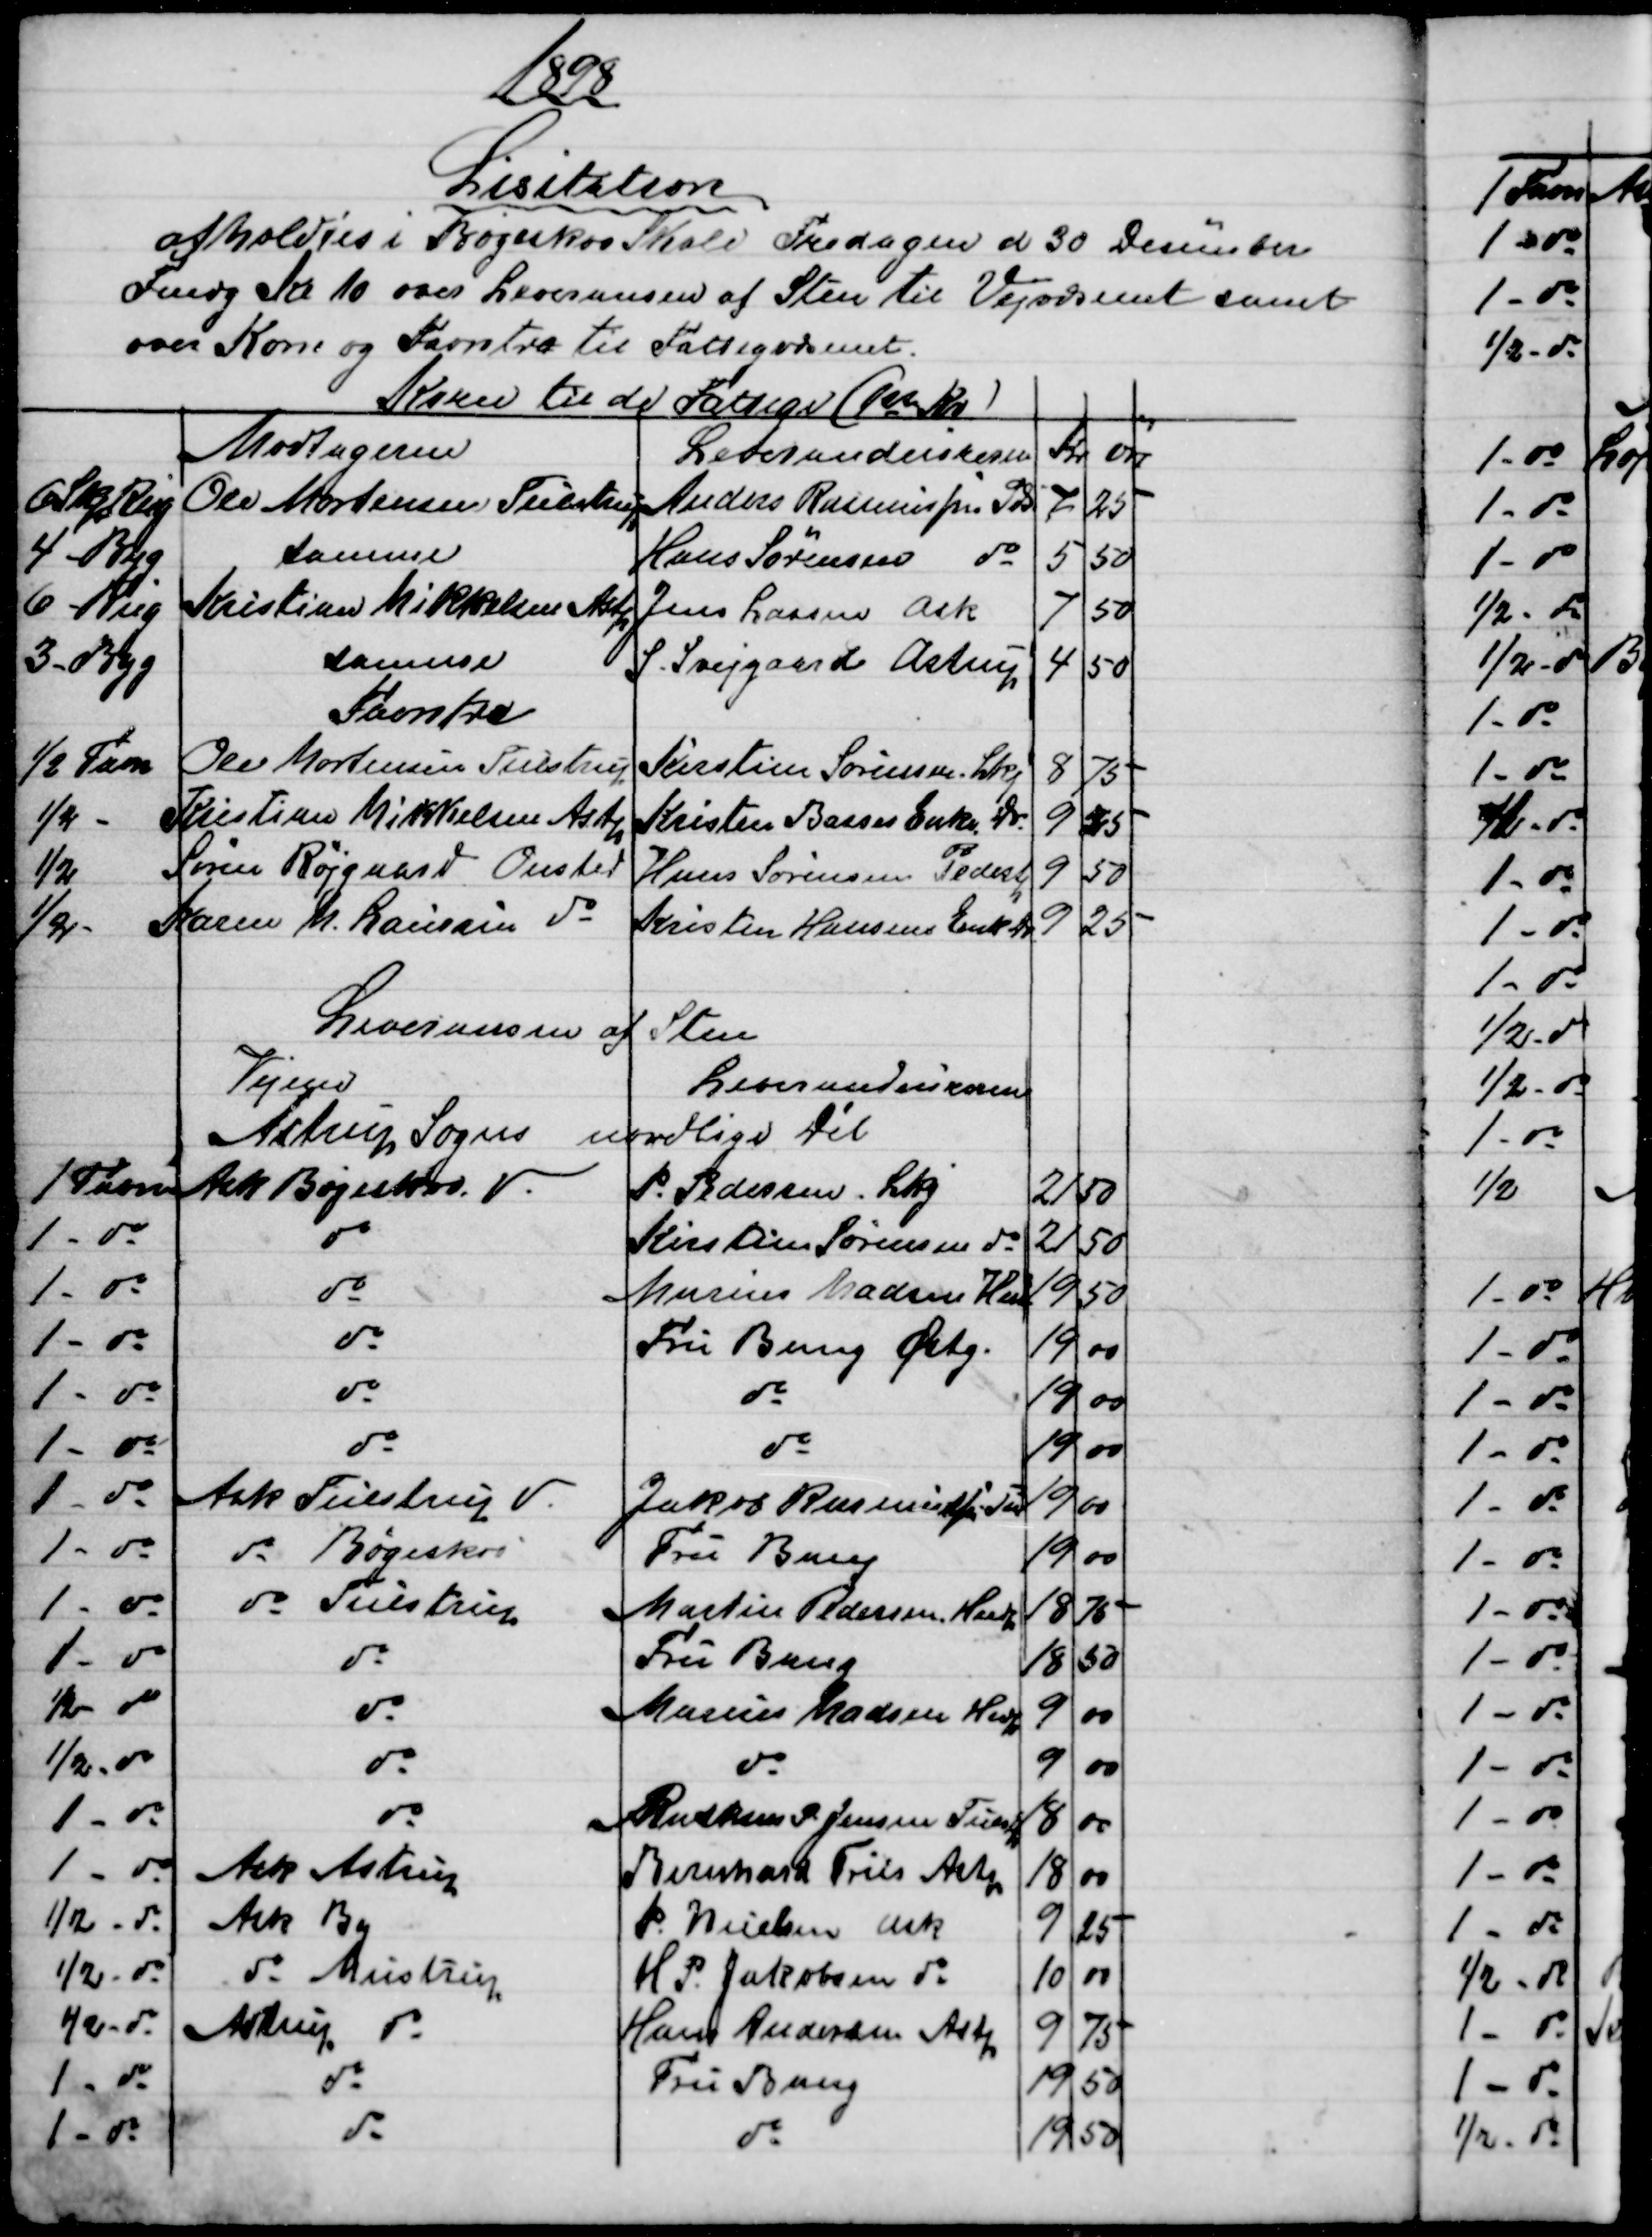
Transskription:
1898
Lisitation
afholdtes i Bøgeskov Skole Fredagen d 30 Desember
Fmdg Kl 10 over Leveransen af Sten til Vejvæsenet samt
over Korn og Favntræ til Fattigvæsenet.
Korn til de Fattige (1st Kv)
Modtagerne
Leverandeurerne
Kr
øre
6 Skp Rug
Ole Mortensen Tulstrup
Anders Rasmussen Pds
7
25
4 - Byg
samme
Hans Sørensen do
5
50
6 - Rug
Kristian Mikkelsen Astp
Jens Lassen Ask
7
50
3 - Byg
samme
S. Svejgaard Astrup
4
50
Favntræ
½ Favn
Ole Mortensen Tulstrup
Kirstine Sørensen, Lkj
8
75
½ -
Kristian Mikkelsen Astp
Kristen Basses Enke, Do
9
25
½
Søren Røjgaard Onsted
Hans Sørensen Pedestp
9
50
½ -
Karen M. Laursen  do
Kristen Hansens Enk Do
9
25
Leveransen af Sten
Vejene
Leverandeurerne
Astrup Sogns nordlige Dél
1 Favn
Ask Bøgeskov. V.
P. Pedersen, Lkj
21
50
1 - do
do
Kirstine Sørensen do
21
50
1 - do
do
Marius Madsen Hndp
19
50
1 - do
do
Fru Bang Østg.
19
00
1 - do
do
do
19
00
1 - do
do
do
19
00
1 - do
Ask Tulstrup  V.
Jakob Rasmussen Tu
19
00
1 - do
do  Bøgeskov
Fru Bang
19
00
1 - do
do Tulstrup
Martin Pedersen, Hndp
18
75
1 - do
do
Fru Bang
18
50
½ do
do
Marius Madsen Hndp
9
00
½ - do
do
do
9
00
1 - do
do
Rasmus P. Jensen Tulstp
18
00
1 - do
Ask Astrup
Bernhard Friis Astp
18
00
½ - do
Ask By
P. Nielsen Ask
9
25
½ - do
do  Mustrup
H P. Jakobsen do
10
00
½ - do
Astrup do
Hans Andersen Astp
9
75
1 - do
do
Fru Bang
19
50
1 - do
do
do
19
50